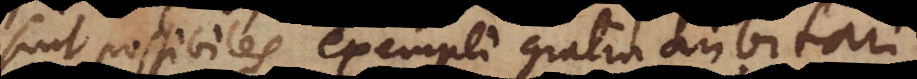
sint possibiles, exempli gratia dubitari